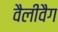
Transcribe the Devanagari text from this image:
वैलीवैग